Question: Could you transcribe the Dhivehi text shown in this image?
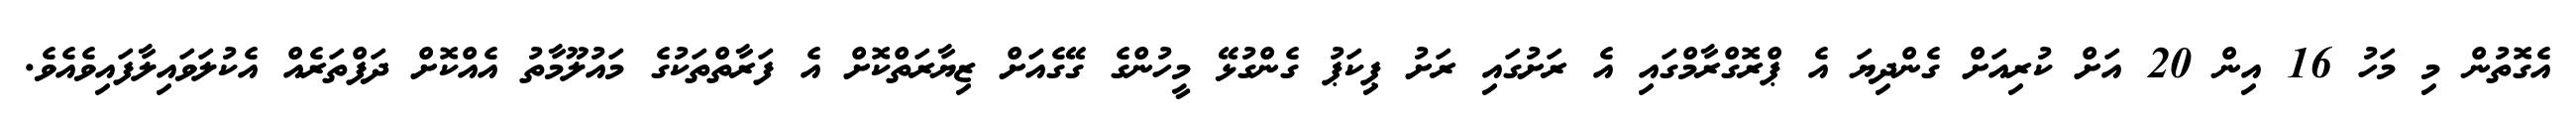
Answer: އެގޮތުން މި މަހު 16 އިން 20 އަށް ކުރިއަށް ގެންދިޔަ އެ ޕްރޮގްރާމްގައި އެ ރަށުގައި ރަށު ޕިކަޕު ގެންގުޅޭ މީހުންގެ ގޭގެއަށް ޒިޔާރަތްކޮށް އެ ފަރާތްތަކުގެ މައުލޫމާތު އެއްކޮށް ދަފްތަރެއް އެކުލަވައިލާފައިވެއެވެ.